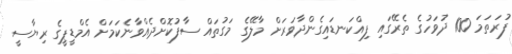
ފުރަތަމަ 100 ދުވަހުގެ ތެރޭގައި ފިއްކަނޑައިގެންދާވަރަށް މާލޭގެ މަގުތައް ސާފުކޮށްދެއްވާނެކަމަށް އެމްޑީޕީގެ ރިޔާސީ